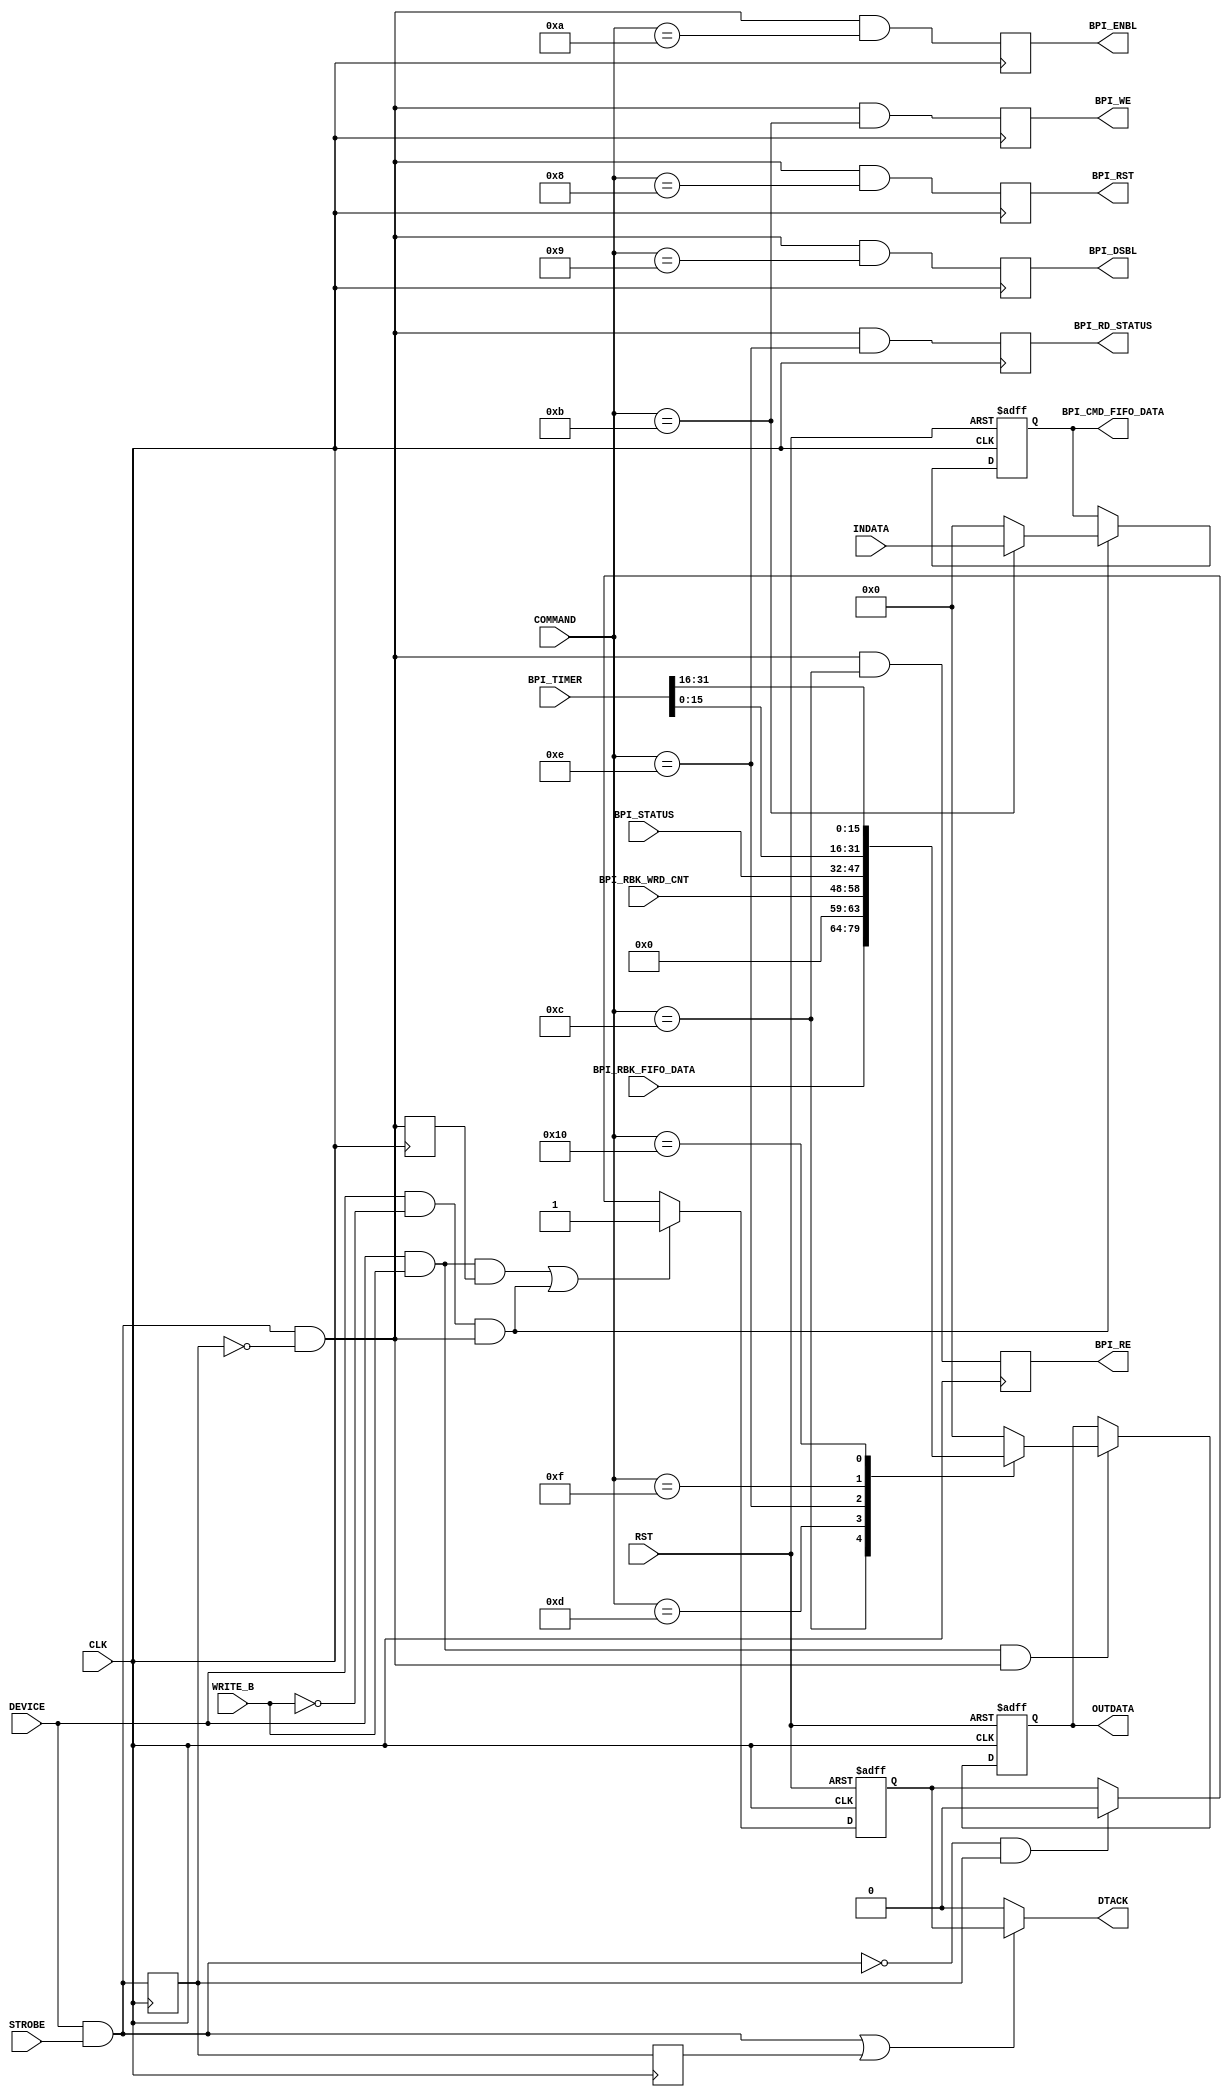
`timescale 1ns / 1ps
//////////////////////////////////////////////////////////////////////////////////
// Company: The Ohio State University
// 
// Design Name: 
// Module Name:    BPI_PORT  -- JRG: this is the VME interface for the BPI engine
// Project Name:   ODMB
// Target Devices: 
// Tool versions: 
// Description: 
//
// Dependencies: 
//
// Revision: 
// Revision 0.01 - File Created
// Additional Comments: 
//
//  VME commands for BPI interface
//  Address  Command   Description
//  -----------------------------------
//   0x020      8     Reset BPI interface state machines (no data)
//   0x024      9     Disable parsing commands in the command FIFO (while filling FIFO with commands) (no data)
//   0x028     10     Enable parsing commands in the command FIFO (no data)
//   0x02C     11     Write one word to command FIFO (16 bits)
//   0x030     12     Read one word from readback FIFO (16 bits)
//   0x034     13     Read word count of words remaining in readback FIFO (11 bits)
//   0x038     14     Read BPI interface status register (16 bits)
//   0x03C     15     Read timer low order bits 15:0
//   0x040     16     Read timer high order bits 31:16
// Commands written into FIFO.... 19, 1A, 1B, 1C:  timer_start, timer_stop, timer_reset, clear_status
//   load_adr (17),  prom_unlock (14),  block_erase (0A)
//////////////////////////////////////////////////////////////////////////////////////////////////////////////////////////////

module BPI_PORT(
  input CLK,                       // 40MHz clock
  input RST,                       // system reset
   // VME selection/control
  input DEVICE,                    // 1 bit indicating this device has been selected... JRG: choose any available OTMB adr range: 28000h base
  input STROBE,                    // Data strobe synchronized to rising or falling edge of clock and asynchronously cleared
  input [9:0] COMMAND,             // command portion of VME address... JRG: assume it is address bits 11:2?
  input WRITE_B,                   // read/write_bar
  input [15:0] INDATA,             // data from VME writes to be provided to BPI interface
  output reg [15:0] OUTDATA,       // data from BPI interface to VME buss for reads
  output DTACK,                    // DTACK
   // BPI controls
  output reg BPI_RST,                  // Resets BPI interface state machines
  output reg [15:0] BPI_CMD_FIFO_DATA, // Data for command FIFO
  output reg BPI_WE,                   // Command FIFO write enable  (pulse one clock cycle for one write)
  output reg BPI_RE,                   // Read back FIFO read enable  (pulse one clock cycle for one read)
  output reg BPI_DSBL,                 // Disable parsing of BPI commands in the command FIFO (while being filled)
  output reg BPI_ENBL,                 // Enable  parsing of BPI commands in the command FIFO
  output reg BPI_RD_STATUS,            // Read BPI interface status register command received
  input [15:0] BPI_RBK_FIFO_DATA,  // Data on output of the Read back FIFO
  input [10:0] BPI_RBK_WRD_CNT,    // Word count of the Read back FIFO (number of available reads)
  input [15:0] BPI_STATUS,         // FIFO status bits and latest value of the PROM status register. 
  input [31:0] BPI_TIMER           // General timer
);

wire active_write;
wire active_read;
reg  dtack;
wire busy;
reg  busy_1;
reg  busy_2;
wire lead_0;
reg  lead_1;
wire trail_0;

assign DTACK      = (busy || busy_2) ? dtack : 1'b0;
assign busy         = (DEVICE && STROBE);
assign active_write = (DEVICE && !WRITE_B);
assign active_read  = (DEVICE && WRITE_B);
assign lead_0       = busy && !busy_1;
assign trail_0      = !busy && busy_1;

always @(posedge CLK or posedge RST)
begin
  if(RST)
    OUTDATA <= 16'h0000;
  else
    if(active_read && lead_0)
      begin
      case(COMMAND)
        10'h00C :                        // VME address 0x04030; command 12 -- Read one word from readback FIFO
          OUTDATA <= BPI_RBK_FIFO_DATA;
        10'h00D :                        // VME address 0x04034; command 13 -- Read words left in readback FIFO
          OUTDATA <= {5'b00000,BPI_RBK_WRD_CNT};
        10'h00E :                        // VME address 0x04038; command 14 -- Read interface status register
          OUTDATA <= BPI_STATUS;
        10'h00F :                        // VME address 0x0403C; command 15 -- Read timer, low order
          OUTDATA <= BPI_TIMER[15:0];
        10'h010 :                        // VME address 0x04040; command 16 -- Read timer, high order
          OUTDATA <= BPI_TIMER[31:16];
        default :
          OUTDATA <= 16'h0000;
      endcase
      end
    else
      OUTDATA <= OUTDATA;
end


always @(posedge CLK or posedge RST)
begin
  if(RST)
    BPI_CMD_FIFO_DATA <= 16'h0000;
  else
    if(active_write && lead_0)
      case(COMMAND)
        10'h00B :                        // VME address 0x0402C; command 11 -- Write one word to command FIFO
          BPI_CMD_FIFO_DATA <= INDATA;
        default :
          BPI_CMD_FIFO_DATA <= 16'h0000;
      endcase
    else
      BPI_CMD_FIFO_DATA <= BPI_CMD_FIFO_DATA;
end



always @(posedge CLK)
begin
  busy_1        <= busy;
  busy_2        <= busy_1;
  lead_1        <= lead_0;
  BPI_RST       <= lead_0 && (COMMAND == 10'h008);
  BPI_DSBL      <= lead_0 && (COMMAND == 10'h009);
  BPI_ENBL      <= lead_0 && (COMMAND == 10'h00A);
  BPI_WE        <= lead_0 && (COMMAND == 10'h00B);
  BPI_RE        <= lead_0 && (COMMAND == 10'h00C);
  BPI_RD_STATUS <= lead_0 && (COMMAND == 10'h00E);
end

always @(posedge CLK or posedge RST)
begin
  if(RST)
    dtack <= 1'b0;
  else
    if((active_read && lead_1) || (active_write && lead_0))
      dtack <= 1'b1;
    else if(trail_0)
      dtack <= 1'b0;
    else
      dtack <= dtack;
end


endmodule